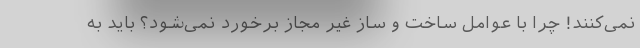
نمی‌کنند! چرا با عوامل ساخت و ساز غیر مجاز برخورد نمی‌شود؟ باید به